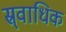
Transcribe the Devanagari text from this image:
स्र्वाधिक